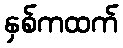
နှစ်ကထက်